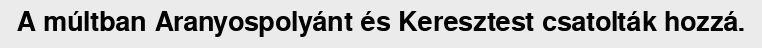
A múltban Aranyospolyánt és Keresztest csatolták hozzá.